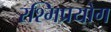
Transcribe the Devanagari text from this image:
रश्मिप्रयोग